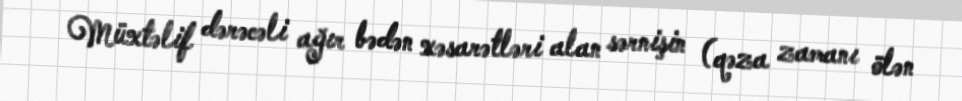
Müxtəlif dərəcəli ağır bədən xəsarətləri alan sərnişin (qəza zamanı ölən